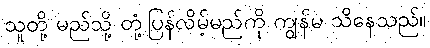
သူတို့ မည်သို့ တုံ့ပြန်လိမ့်မည်ကို ကျွန်မ သိနေသည်။